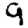
Digit: 9